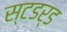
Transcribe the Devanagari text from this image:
स्टडर्ड